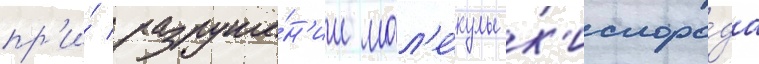
пр'и́ разруше́н'ии мол'е́кулы к'ислоро́да